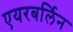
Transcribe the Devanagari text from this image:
एयरबर्लिन